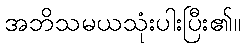
အဘိသမယသုံးပါးပြီး၏။